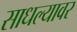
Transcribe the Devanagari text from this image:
साधल्यावर